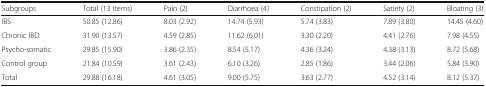
| Subgroups | Total (13 Items) | Pain (2) | Diarrhoea (4) | Constipation (2) | Satiety (2) | Bloating (3) |
 | --- | --- | --- | --- | --- | --- | --- |
 | IBS | 50.85 (12.86) | 8.03 (2.92) | 14.74 (5.93) | 5.74 (3.83) | 7.89 (3.80) | 14.45 (4.60) |
 | Chronic IBD | 31.90 (13.57) | 4.59 (2.85) | 11.62 (6.01) | 3.30 (2.20) | 4.41 (2.76) | 7.98 (4.55) |
 | Psycho-somatic | 29.85 (15.90) | 3.86 (2.35) | 8.54 (5.17) | 4.36 (3.24) | 4.38 (3.13) | 8.72 (5.68) |
 | Control group | 21.84 (10.59) | 3.61 (2.43) | 6.10 (3.26) | 2.85 (1.86) | 3.44 (2.06) | 5.84 (3.90) |
 | Total | 29.88 (16.18) | 4.61 (3.05) | 9.00 (5.75) | 3.63 (2.77) | 4.52 (3.14) | 8.12 (5.37) |